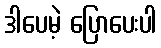
ဒါပေမဲ့ ပြောပေးပါ